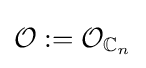
{\mathcal {O}}:={\mathcal {O}}_{\mathbb {C} _{n}}